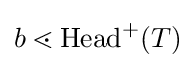
b\lessdot \mathrm {Head} ^{+}(T)